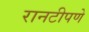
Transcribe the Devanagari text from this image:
रानटीपणे